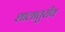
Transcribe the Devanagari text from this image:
शालातुरीय